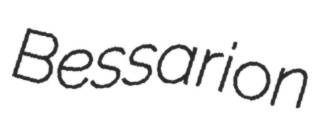
Bessarion